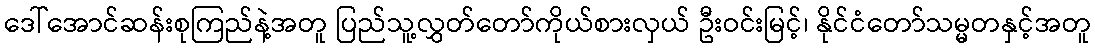
ဒေါ်အောင်ဆန်းစုကြည်နဲ့အတူ ပြည်သူ့လွှတ်တော်ကိုယ်စားလှယ် ဦးဝင်းမြင့်၊ နိုင်ငံတော်သမ္မတနှင့်အတူ